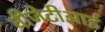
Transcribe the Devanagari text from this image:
वीजेटीआई